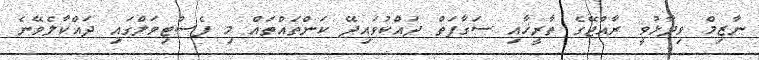
ނާޒިމް ވިދާޅުވީ ރާއްޖޭގެ ތާރީޚާއި ސަގާފަތް ދައްކުވައިދޭ ކަންތައްތައް މި ފެސްޓިވަލްގައި ދައްކާލެވޭނެ